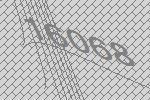
16068